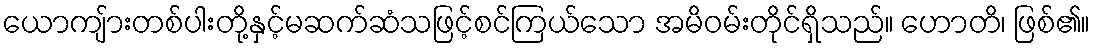
ယောကျ်ားတစ်ပါးတို့နှင့်မဆက်ဆံသဖြင့်စင်ကြယ်သော အမိဝမ်းတိုင်ရှိသည်။ ဟောတိ၊ ဖြစ်၏။